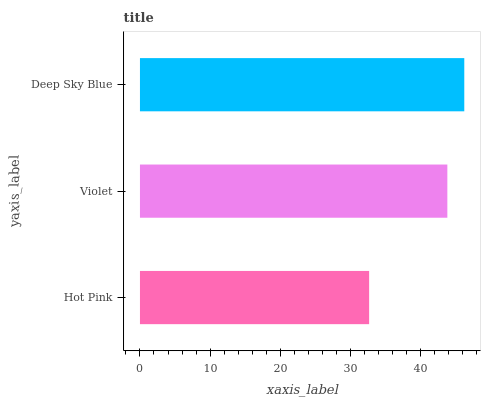
| yaxis_label | bars |
 | --- | --- |
 | Hot Pink | 32.7 |
 | Violet | 43.8 |
 | Deep Sky Blue | 46.2 |